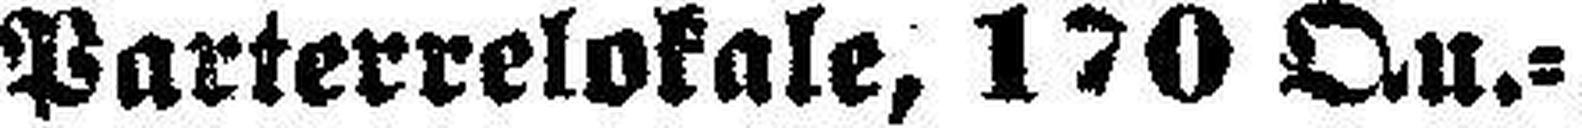
Parterrelokale, 170 Qu.=